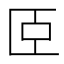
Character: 𦣞